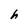
Character: h